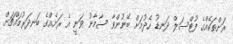
ރަށްތަކެއްގެ ފުޓްސަލް ދަނޑު ހެދުމަށް ބޭނުންވާ ސާމާނު ވަނީ އެ ރަށެއްގެ ބަނދަރުމައްޗަށް